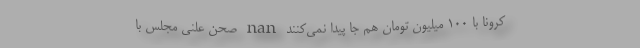
کرونا با ۱۰۰ میلیون تومان هم جا پیدا نمی‌کنند nan صحن علنی مجلس با